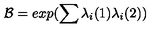
{ \cal B } = e x p ( \sum { \lambda } _ { i } ( 1 ) { \lambda } _ { i } ( 2 ) )